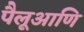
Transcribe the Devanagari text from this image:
पैलूआणि